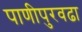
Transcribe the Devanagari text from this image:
पाणीपुरवढा